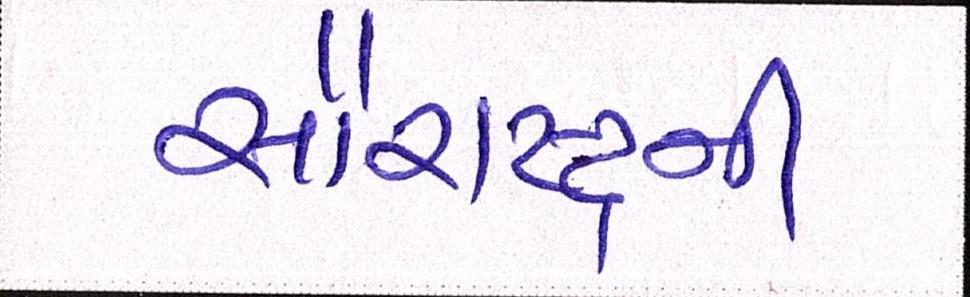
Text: સૌરાષ્ટ્રની